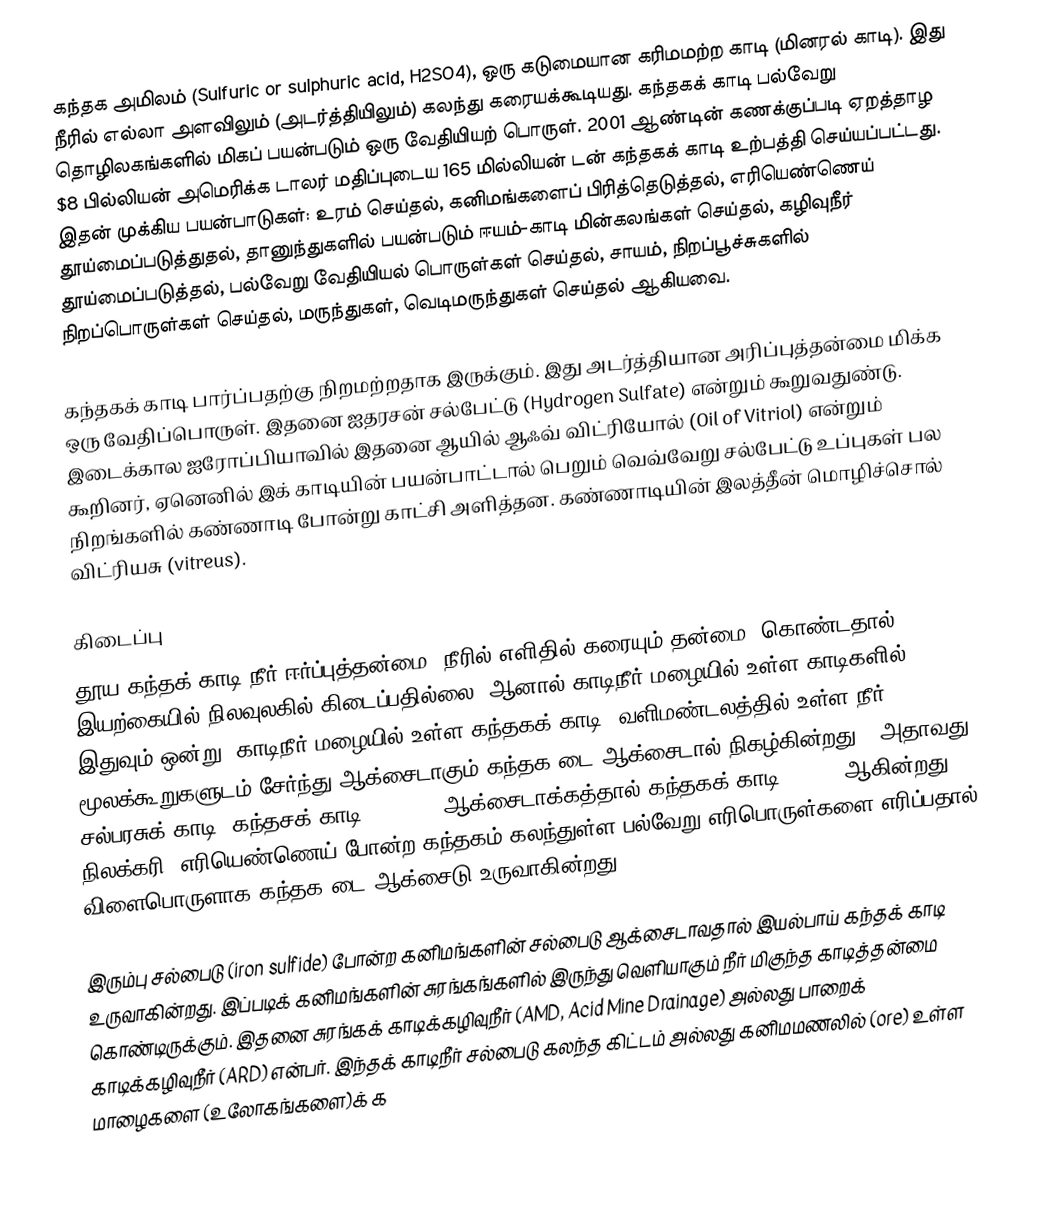
கந்தக அமிலம் (Sulfuric or sulphuric acid, H2SO4), ஒரு கடுமையான கரிமமற்ற காடி (மினரல் காடி). இது நீரில் எல்லா அளவிலும் (அடர்த்தியிலும்) கலந்து கரையக்கூடியது. கந்தகக் காடி பல்வேறு தொழிலகங்களில் மிகப் பயன்படும் ஒரு வேதியியற் பொருள். 2001 ஆண்டின் கணக்குப்படி ஏறத்தாழ $8 பில்லியன் அமெரிக்க டாலர் மதிப்புடைய 165 மில்லியன் டன் கந்தகக் காடி உற்பத்தி செய்யப்பட்டது. இதன் முக்கிய பயன்பாடுகள்: உரம் செய்தல், கனிமங்களைப் பிரித்தெடுத்தல், எரியெண்ணெய் தூய்மைப்படுத்துதல், தானுந்துகளில் பயன்படும் ஈயம்-காடி மின்கலங்கள் செய்தல், கழிவுநீர் தூய்மைப்படுத்தல், பல்வேறு வேதியியல் பொருள்கள் செய்தல், சாயம், நிறப்பூச்சுகளில் நிறப்பொருள்கள் செய்தல், மருந்துகள், வெடிமருந்துகள் செய்தல் ஆகியவை.

கந்தகக் காடி பார்ப்பதற்கு நிறமற்றதாக இருக்கும். இது அடர்த்தியான அரிப்புத்தன்மை மிக்க ஒரு வேதிப்பொருள். இதனை ஐதரசன் சல்பேட்டு (Hydrogen Sulfate) என்றும் கூறுவதுண்டு. இடைக்கால ஐரோப்பியாவில் இதனை ஆயில் ஆஃவ் விட்ரியோல் (Oil of Vitriol) என்றும் கூறினர், ஏனெனில் இக் காடியின் பயன்பாட்டால் பெறும் வெவ்வேறு சல்பேட்டு உப்புகள் பல நிறங்களில் கண்ணாடி போன்று காட்சி அளித்தன. கண்ணாடியின் இலத்தீன் மொழிச்சொல் விட்ரியசு (vitreus).

கிடைப்பு
தூய கந்தக் காடி நீர் ஈர்ப்புத்தன்மை (நீரில் எளிதில் கரையும் தன்மை) கொண்டதால் இயற்கையில் நிலவுலகில் கிடைப்பதில்லை. ஆனால் காடிநீர் மழையில் உள்ள காடிகளில் இதுவும் ஒன்று. காடிநீர் மழையில் உள்ள கந்தகக் காடி, வளிமண்டலத்தில் உள்ள நீர் மூலக்கூறுகளுடம் சேர்ந்து ஆக்சைடாகும் கந்தக-டை-ஆக்சைடால் நிகழ்கின்றது - அதாவது சல்பரசுக் காடி (கந்தசக் காடி) (H2SO3) ஆக்சைடாக்கத்தால் கந்தகக் காடி (H2SO4)ஆகின்றது. நிலக்கரி, எரியெண்ணெய் போன்ற கந்தகம் கலந்துள்ள பல்வேறு எரிபொருள்களை எரிப்பதால் விளைபொருளாக கந்தக-டை-ஆக்சைடு உருவாகின்றது.

இரும்பு சல்பைடு (iron sulfide) போன்ற கனிமங்களின் சல்பைடு ஆக்சைடாவதால் இயல்பாய் கந்தக் காடி உருவாகின்றது. இப்படிக் கனிமங்களின் சுரங்கங்களில் இருந்து வெளியாகும் நீர் மிகுந்த காடித்தன்மை கொண்டிருக்கும். இதனை சுரங்கக் காடிக்கழிவுநீர் (AMD, Acid Mine Drainage) அல்லது பாறைக் காடிக்கழிவுநீர் (ARD) என்பர். இந்தக் காடிநீர் சல்பைடு கலந்த கிட்டம் அல்லது கனிமமணலில் (ore) உள்ள மாழைகளை (உலோகங்களை)க் க